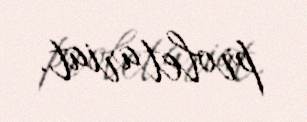
proletariat.